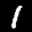
Label: 1